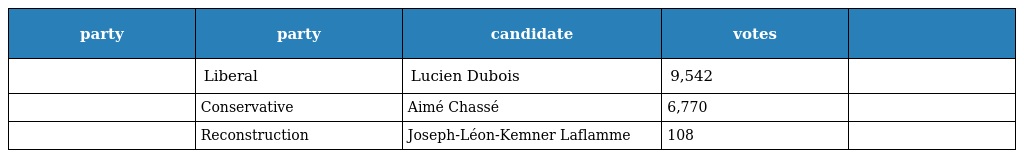
| party | party | candidate | votes |  |
 | --- | --- | --- | --- | --- |
 |  | Liberal | Lucien Dubois | 9,542 |  |
 |  | Conservative | Aimé Chassé | 6,770 |  |
 |  | Reconstruction | Joseph-Léon-Kemner Laflamme | 108 |  |